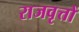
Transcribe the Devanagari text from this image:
राजवृत्तों